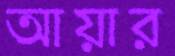
আয়ার